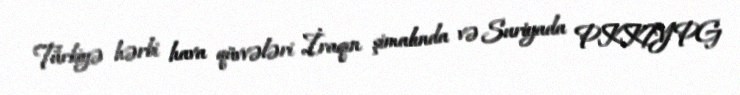
Türkiyə hərbi hava qüvvələri İraqın şimalında və Suriyada PKK/YPG